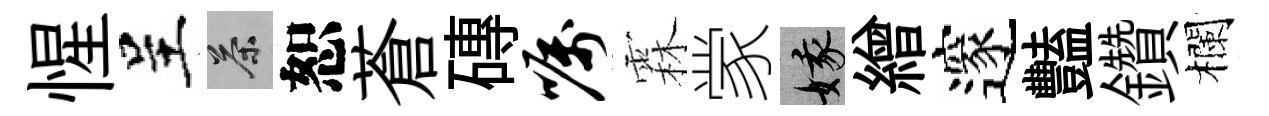
惺呈茶恕蒼磚嘱霖䝉娥繒邃豔鑽欄